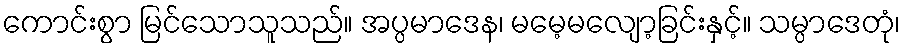
ကောင်းစွာ မြင်သောသူသည်။ အပ္ပမာဒေန၊ မမေ့မလျော့ခြင်းနှင့်။ သမ္ပာဒေတုံ၊